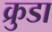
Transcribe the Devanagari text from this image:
क्रुडा